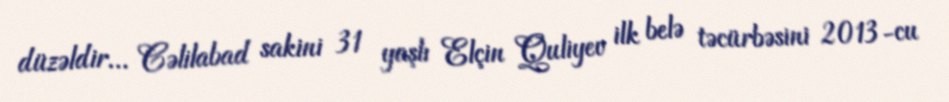
düzəldir... Cəlilabad sakini 31 yaşlı Elçin Quliyev ilk belə təcürbəsini 2013-cu